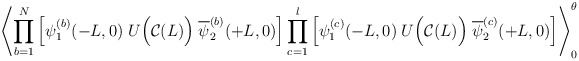
\begin{align*}\left\langle \prod_{b=1}^N \left[\psi_{1}^{(b)}(-L,0) \; U\Big({\cal C}(L)\Big)\;\overline{\psi}_{2}^{(b)}(+L,0) \right]\prod_{c=1}^l \left[\psi_{1}^{(c)}(-L,0) \; U\Big({\cal C}(L)\Big)\;\overline{\psi}_{2}^{(c)}(+L,0) \right]\right\rangle_0^\theta\end{align*}